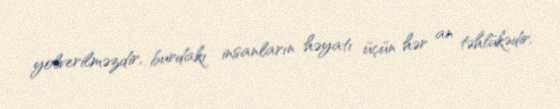
yolverilməzdir, burdakı insanların həyatı üçün hər an təhlükədir.